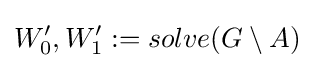
W_{0}',W_{1}':=solve(G\setminus A)